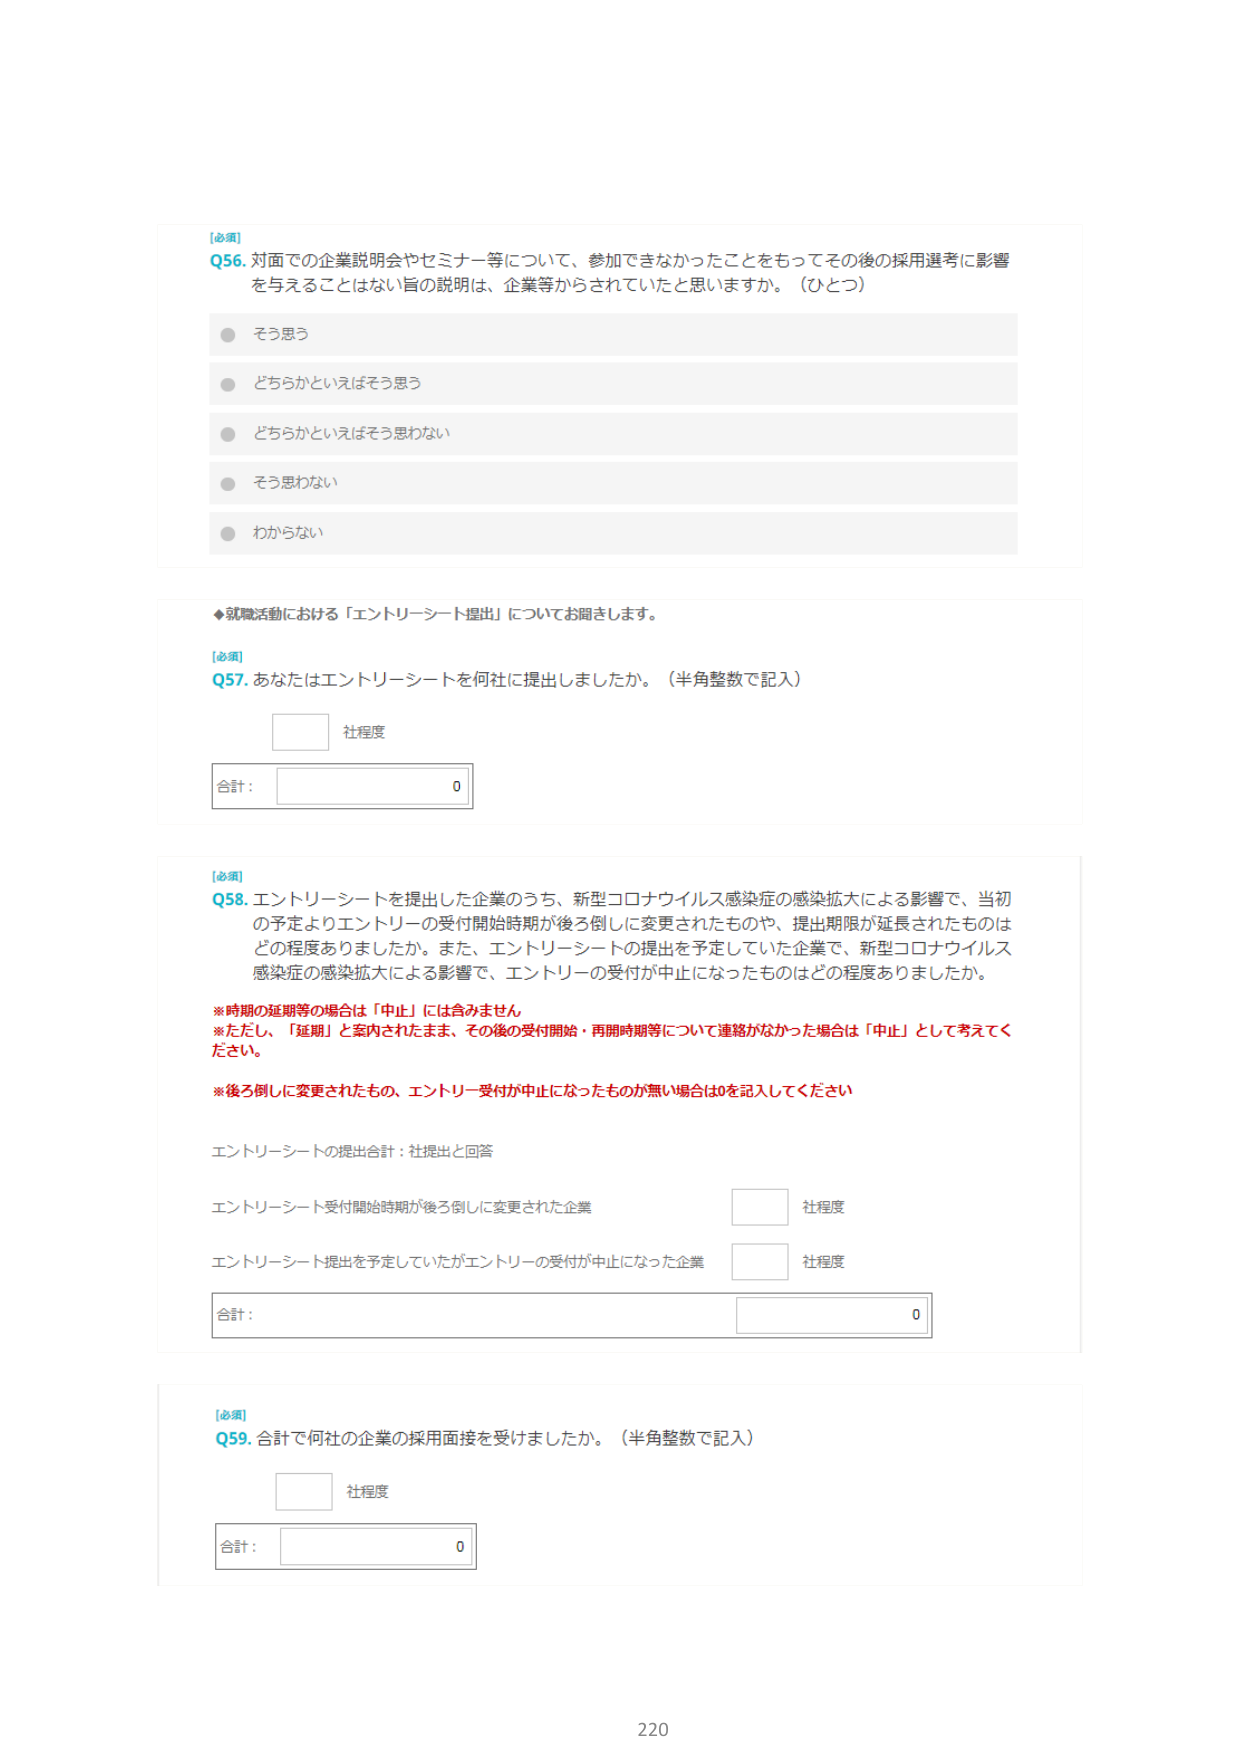
[必須]
Q56. 対面での企業説明会やセミナー等について、参加できなかったことをもってその後の採用選考に影響を与えることはない旨の説明は、企業等からされていたと思いますか。（ひとつ）
・そう思う
・どちらかといえばそう思う
・どちらかといえばそう思わない
・そう思わない
・わからない

◆就職活動における「エントリーシート提出」についてお聞きします。

[必須]
Q57. あなたはエントリーシートを何社に提出しましたか。（半角整数で記入）